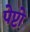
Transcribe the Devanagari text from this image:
पेप्टो